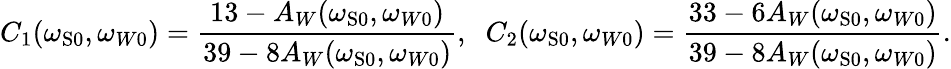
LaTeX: C_{1}(\omega_{\mathrm{{S}0}},\omega_{W0})=\frac{13-A_{W}(\omega_{\mathrm{S}0},\omega_{W0})}{39-8A_{W}(\omega_{\mathrm{{S}0}},\omega_{W0})},\; \; C_{2}(\omega_{\mathrm{S}0},\omega_{W0})=\frac{33-6A_{W}(\omega_{\mathrm{{S}0}},\omega_{W0})}{39-8A_{W}(\omega_{\mathrm{S}0},\omega_{W0})}.